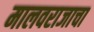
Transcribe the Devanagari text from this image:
मालवराजाचा